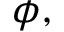
\phi ,